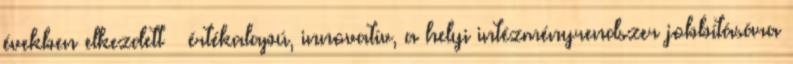
években elkezdett – értékalapú, innovatív, a helyi intézményrendszer jobbítására